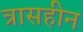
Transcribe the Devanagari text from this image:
त्रासहीन